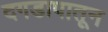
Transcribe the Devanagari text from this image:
दगडापातून